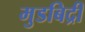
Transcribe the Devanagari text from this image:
मुडबिद्री